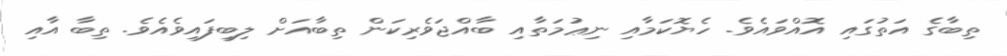
ތިބާގެ އަތުގައި އޮއްވައެވެ. ހެޔޮކަމާއި ނިޢުމަތާއި ބާއްޖަވެރިކަން ތިބާއަށް ލިބިފައިވެއެވެ. ތިބާ އާއި